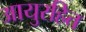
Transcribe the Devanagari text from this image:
आयुरहित